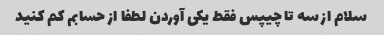
سلام از سه تا چیپس فقط یکی آوردن لطفا از حسابم کم کنید